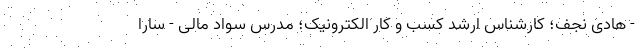
- هادی نجف؛ کارشناس ارشد کسب و کار الکترونیک؛ مدرس سواد مالی - سارا